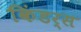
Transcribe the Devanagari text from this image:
किंडर्स